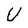
Character: U